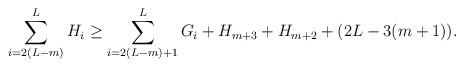
LaTeX: \begin{align*} \sum_{i=2(L-m)}^L H_i \geq \sum_{i=2(L-m)+1}^L G_i + H_{m+3} + H_{m+2} + (2L - 3(m+1)).\end{align*}